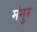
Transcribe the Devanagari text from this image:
मंगुर